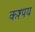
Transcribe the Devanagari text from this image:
कश्पय